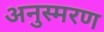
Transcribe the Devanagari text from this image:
अनुस्मरण